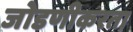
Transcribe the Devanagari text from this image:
जोडणीकरता